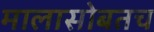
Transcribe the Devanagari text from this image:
मालासोबतच